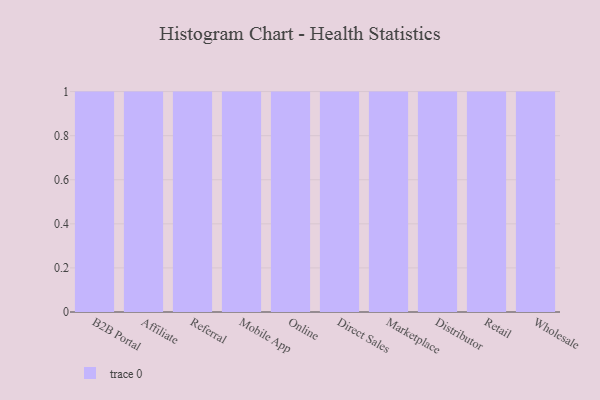
{"axis": {"x": "Channel", "y": "LTV (USD)"}, "legend": [""], "data": [{"x": "B2B Portal", "y": 10, "type": ""}, {"x": "Affiliate", "y": 16, "type": ""}, {"x": "Referral", "y": 99, "type": ""}, {"x": "Mobile App", "y": 31, "type": ""}, {"x": "Online", "y": 76, "type": ""}, {"x": "Direct Sales", "y": 86, "type": ""}, {"x": "Marketplace", "y": 92, "type": ""}, {"x": "Distributor", "y": 96, "type": ""}, {"x": "Retail", "y": 2, "type": ""}, {"x": "Wholesale", "y": 15, "type": ""}]}